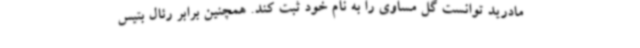
مادرید توانست گل مساوی را به نام خود ثبت کند. همچنین برابر رئال بتیس